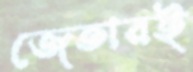
জেতারই